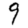
Digit: 9